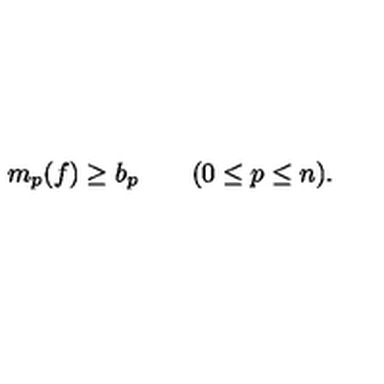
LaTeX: m _ { p } ( f ) \geq b _ { p } \qquad ( 0 \leq p \leq n ) .